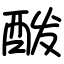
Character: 酦